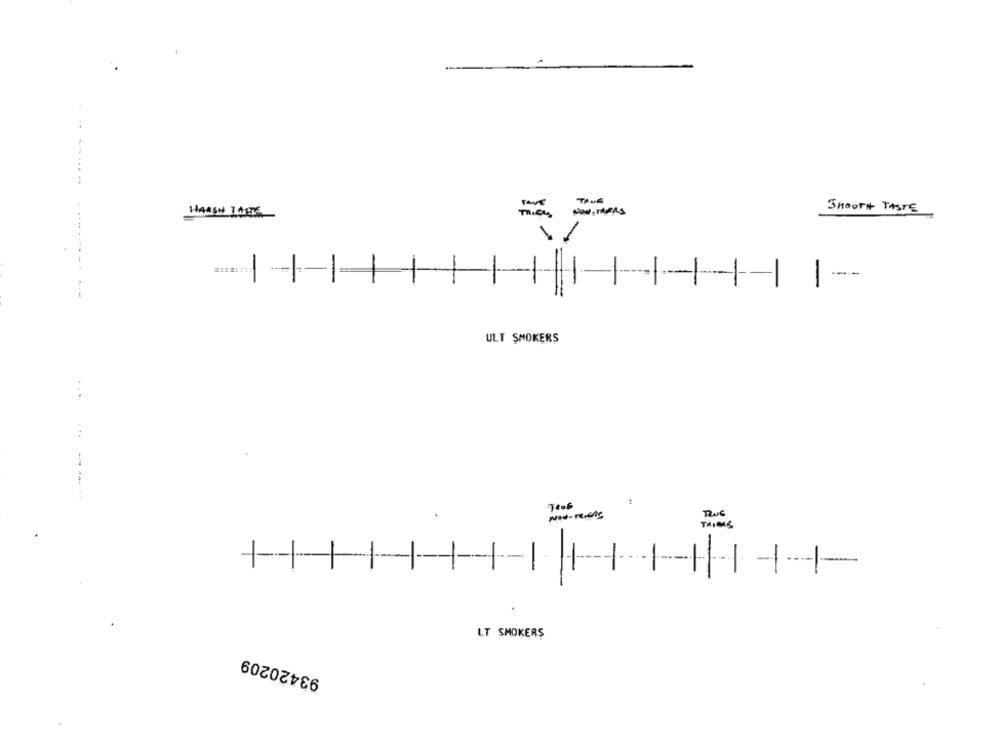
HARSH THIS
SMOOTH TASTE
.-....
-
ULT SMOKERS
THIS
-1
LT SMOKERS
93420209